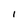
Character: I